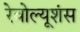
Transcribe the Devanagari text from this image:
रेवोल्यूशंस